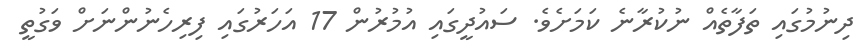
ދިނުމުގައި ތަފާތެއް ނުކުރާނެ ކަމަށެވެ. ސައުދީގައި އުމުރުން 17 އަހަރުގައި ފިރިހެނުންނަށް ވަގުތީ